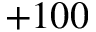
+ 1 0 0